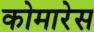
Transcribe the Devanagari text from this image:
कोमारेस